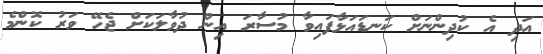
އަދި އެ ކުދިންނަށް ކަނޑައަޅާފައިވާ މުސާރަ އިން ދުވާލަކަށް ޖެހޭ ވަރު ކޮންމެ